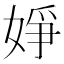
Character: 婙